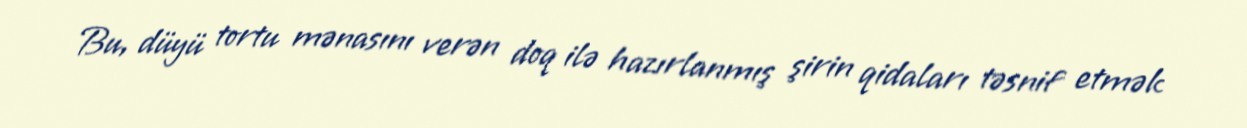
Bu, düyü tortu mənasını verən doq ilə hazırlanmış şirin qidaları təsnif etmək